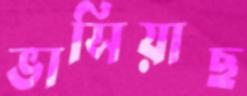
ভাসিয়াছ